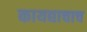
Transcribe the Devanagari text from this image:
कायद्याचाच